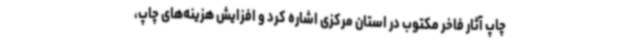
چاپ آثار فاخر مکتوب در استان مرکزی اشاره کرد و افزایش هزینه‌های چاپ،